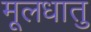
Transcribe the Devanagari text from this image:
मूलधातु